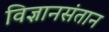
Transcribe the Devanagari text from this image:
विज्ञानसंतान